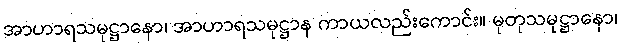
အာဟာရသမုဋ္ဌာနော၊ အာဟာရသမုဋ္ဌာန ကာယလည်းကောင်း။ မုတုသမုဋ္ဌာနော၊